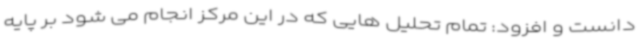
دانست و افزود: تمام تحلیل هایی که در این مرکز انجام می شود بر پایه